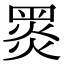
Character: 𪐗